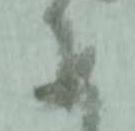
安